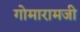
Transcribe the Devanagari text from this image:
गोमारामजी